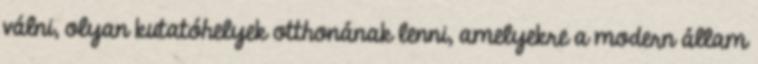
válni, olyan kutatóhelyek otthonának lenni, amelyekre a modern állam